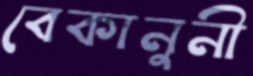
বেকানুনী